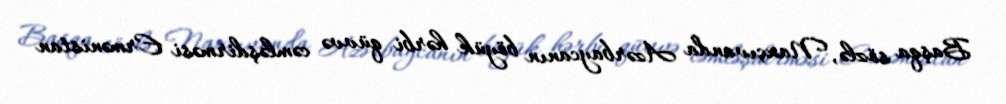
Başqa sözlə, Naxçıvanda Azərbaycanın böyük hərbi qüvvə cəmləşdirməsi Ermənistan